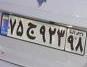
۷۵ج۹۲۳۹۸